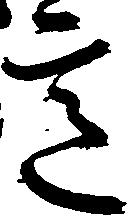
意